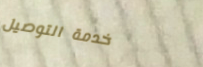
خدمة التوصيل